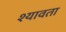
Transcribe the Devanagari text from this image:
श्यावता